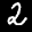
Label: 2